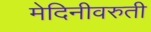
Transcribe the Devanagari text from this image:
मेदिनीवरुती